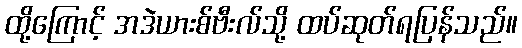
ထို့ကြောင့် အဒဲယားစ်ဗီးလ်သို့ ထပ်ဆုတ်ရပြန်သည်။